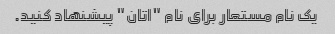
یک نام مستعار برای نام "اتان" پیشنهاد کنید.